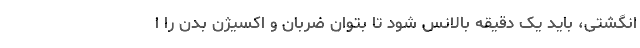
انگشتی، باید یک دقیقه بالانس شود تا بتوان ضربان و اکسیژن بدن را ا